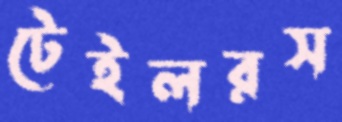
টেইলরস